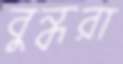
বুন্ধরা